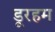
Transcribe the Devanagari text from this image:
डूरहम